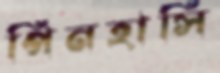
পিনহাসি